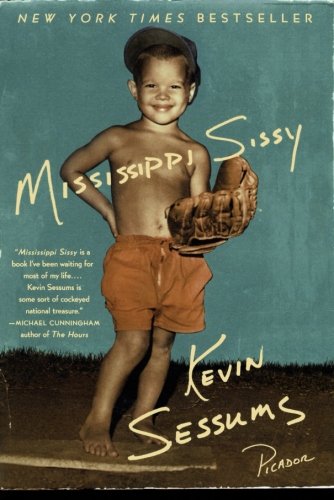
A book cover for Mississippi Sissy; Kevin Sessums; Gay & Lesbian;